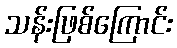
သန်းဖြစ်ကြောင်း